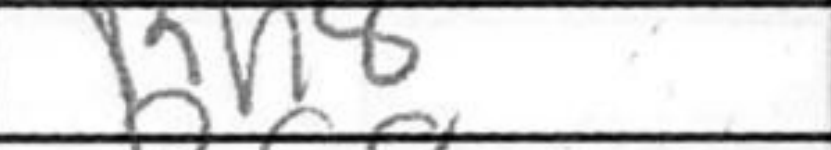
Transcription: Rh8